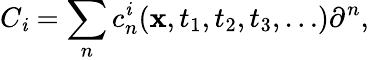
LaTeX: C_{\mathit{i}}=\sum_{n}c_{n}^{\mathit{i}}(\mathbf{x},t_{1},t_{2},t_{3},\dots)\partial^{n},